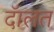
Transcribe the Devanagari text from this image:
दॅालत